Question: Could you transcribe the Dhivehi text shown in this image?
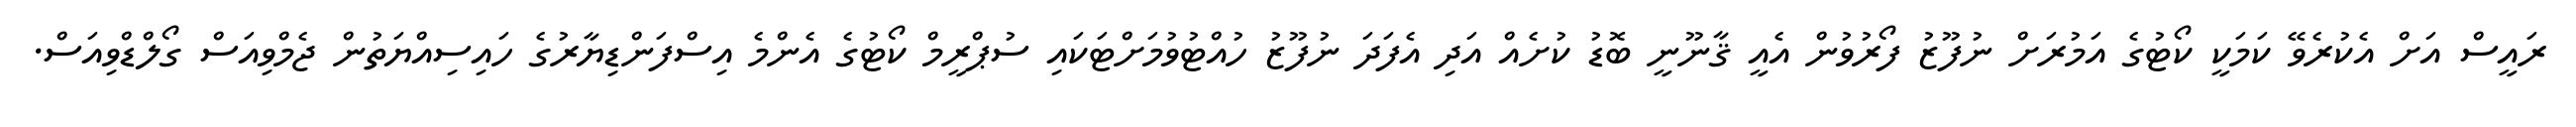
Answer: ރައީސް އަށް އެކުރެވޭ ކަމަކީ ކޯޓުގެ އަމުރަށް ނުފޫޒު ފޯރުވުން އެއީ ޤާނޫނީ ބޮޑު ކުށެއް އަދި އެފަދަ ނުފޫޒު ހުއްޓުވުމަށްޓަކައި ސުޕްރީމް ކޯޓުގެ އެންމެ އިސްފަންޑިޔާރުގެ ހައިސިއްޔަތުން ޖެމްވިއަސް ގޯލްޑްވިއަސް.